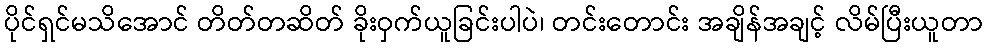
ပိုင်ရှင်မသိအောင် တိတ်တဆိတ် ခိုးဝှက်ယူခြင်းပါပဲ၊ တင်းတောင်း အချိန်အချင့် လိမ်ပြီးယူတာ